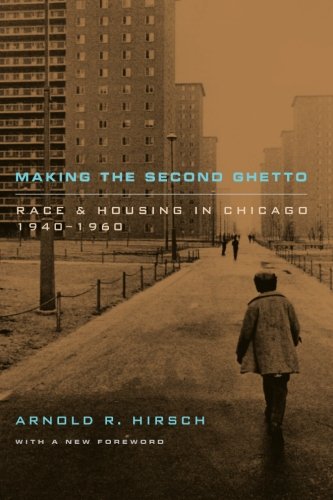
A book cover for Making the Second Ghetto: Race and Housing in Chicago 1940-1960 (Historical Studies of Urban America); Arnold R. Hirsch; Law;